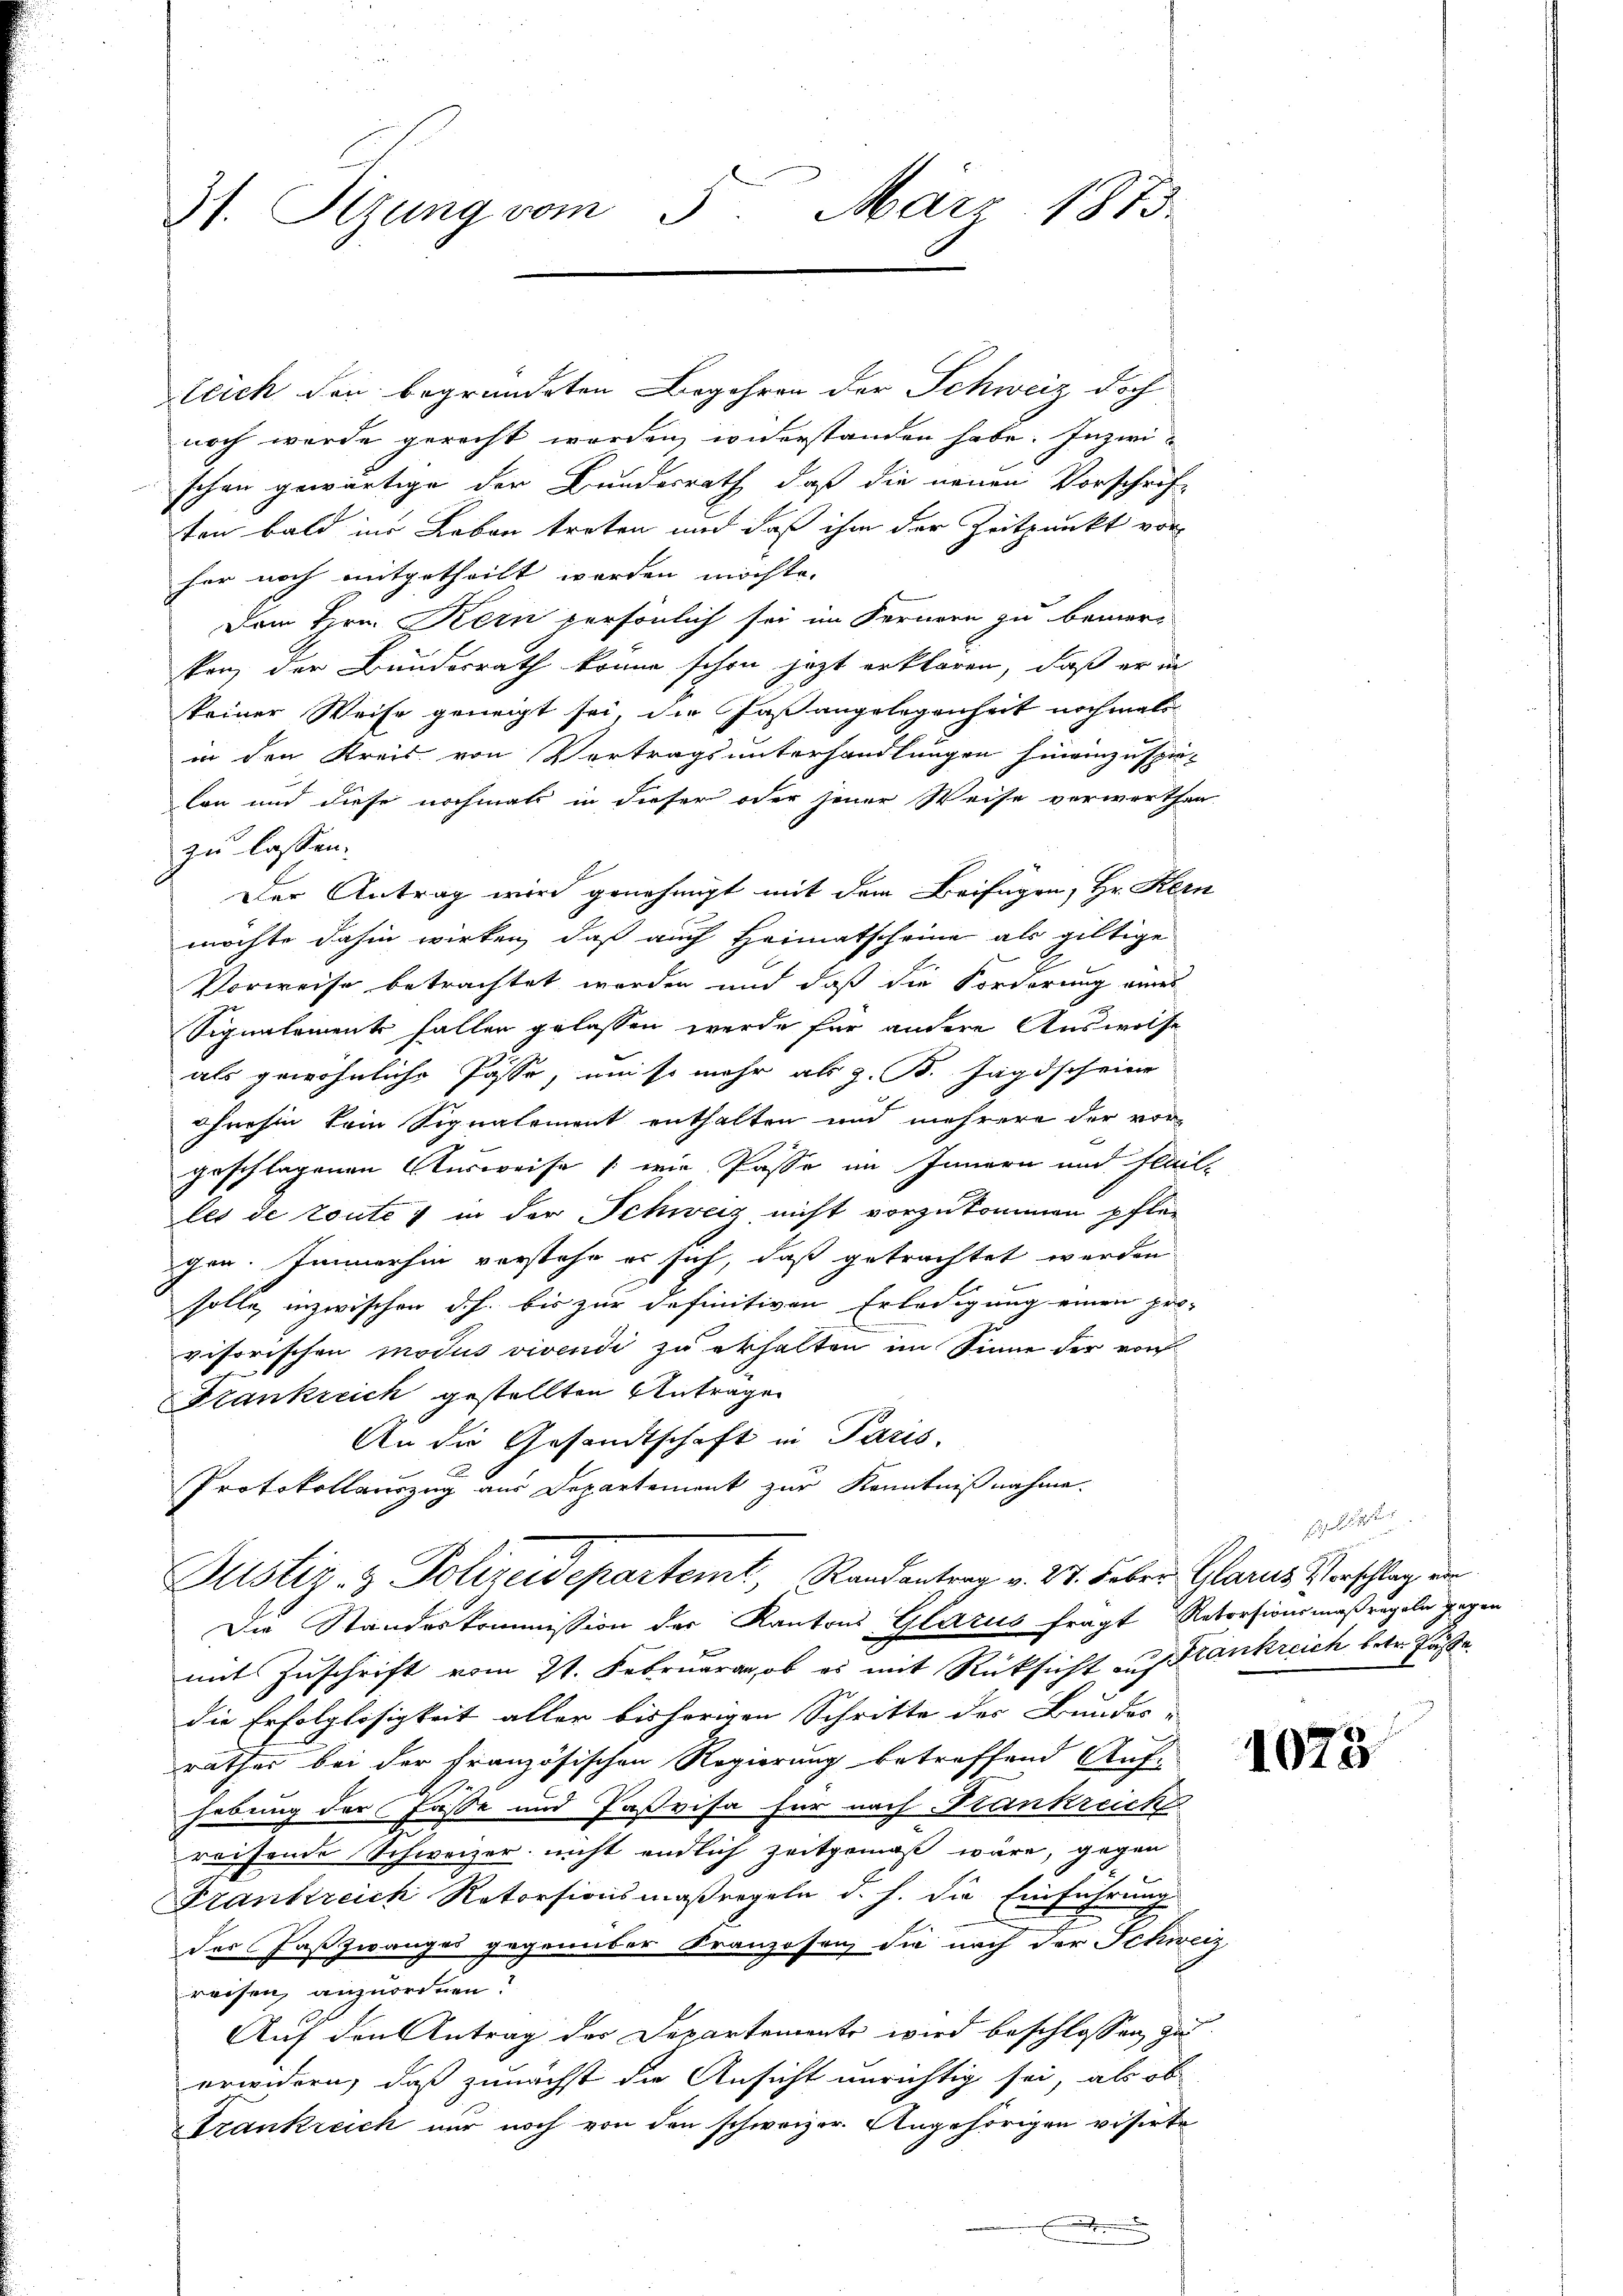
teich den begründeten Begehren der Schweiz doch
noch wurde gerecht worden widerstanden habe. Inzwi-
schen gewärtige der Bundesrath, daß die neuen Vorschrif-
ten bald ins Leben treten und daß ihm der Zeitpunkt vor
her noch mitgetheilt worden möchte.
Dem Hrn. Kein persönlich sei im Fernern zu bemerken, der Bundesrath könne schon jetzt erklären, daß er in
skeiner Weise geneigt sei, die Faßangelegenheit nochmali
in den Kreis von Vortragsunterhandlungen hineinzuspie-
lon und diese nochmals in dieser oder jener Weise verwerthen
zu lassen.
Der Antrag wird genehmigt mit dem Beifügen, Hr. Kern
möchte dahin wirken, daß auch Heimatscheine als giltige
Vorweise betrachtet worden und daß die Forderung eines
Signalement fallen gelassen werde für andere Auswolse
als gewöhnliche Pässe, um so mehr als z. B. Jagdscheine
hnehin kein Signalement enthalten und mehrere der vorgeschlagenen Ausweise (wie Pässe im Innern und Fleilles de toute 1 in der Schweiz nicht vorzukommen pfle-
gen. Immerhin verstehe er sich, daß getrachtet werden
solle, inzwischen d. h. bis zur definitiven Erledigung einen pro-
visorischen modus vivendi zu erhalten im Sinne der vor¬
Krankreich gestellten Antrage
An die Gesandtschaft in Paris,
Protokollauszug aus Departement zur Kenntnißnahme.

37. Stzung vom 3. März 1873

Justiz- & Polizeidepartemt, Randantrag v. 27. Feber Glarus Vorschlag ein
Die Standeskommission der Kantons Glarus fragt Retorsionsmaßregeln gegen

mit Zuschrift vom 21. Februaran, ob es mit Rücksicht auf Krankreich betr. Faste
die Erfolglosigkeit aller bisherigen Schritte des Bundes- |
räther bei der französischen Regierung betreffend Auf-
hebung der Fasse und Paßvisa für nach Stankreich
reisende Schweizer nicht endlich zeitgemäß wäre, gegen
Frankreich Retorsionsmaßregeln d. h. die Einführung
der Paß zwanges gegenüber Franzosen, die nach der Schweiz
reisen, anzuordnen?
Auf den Antrag der Departemente wird beschlossen, zu
erwidern, daß zunächst die Ansicht unrichtig sei, als ob
Strankreich nur noch von den schweizer. Angehörigen visirte

i

e

1073